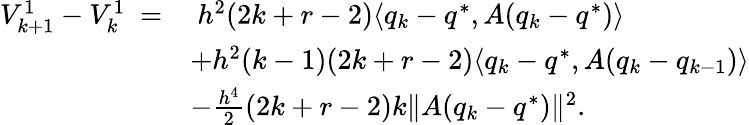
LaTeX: \begin{array}{rl}{V_{k+1}^{1}-V_{k}^{1}\ =}&{\ h^{2}(2k+r-2)\langle q_{k}-q^{*},A(q_{k}-q^{*})\rangle}\\ &{+h^{2}(k-1)(2k+r-2)\langle q_{k}-q^{*},A(q_{k}-q_{k-1})\rangle}\\ &{-\frac{h^{4}}{2}(2k+r-2)k\| A(q_{k}-q^{*})\| ^{2}.}\end{array}